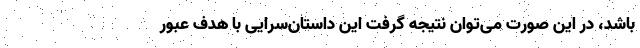
باشد، در این صورت می‌توان نتیجه گرفت این داستان‌سرایی با هدف عبور